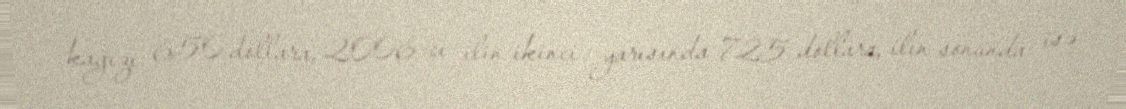
kağızı 650 dollara, 2006-cı ilin ikinci yarısında 725 dollara, ilin sonunda isə